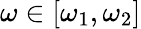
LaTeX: \omega\in[\omega_{1},\omega_{2}]